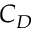
C _ { D }